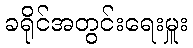
ခရိုင်အတွင်းရေးမှူး